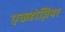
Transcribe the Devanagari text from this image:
एकहोज़ियर